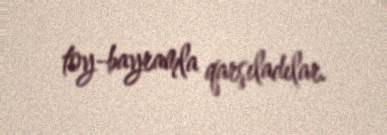
toy-bayramla qarşıladılar.